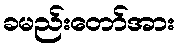
ခမည်းတော်အား